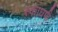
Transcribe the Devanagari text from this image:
स्काधर्फ